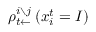
\rho _ { t \leftarrow } ^ { i \setminus j } \left( x _ { i } ^ { t } = I \right)